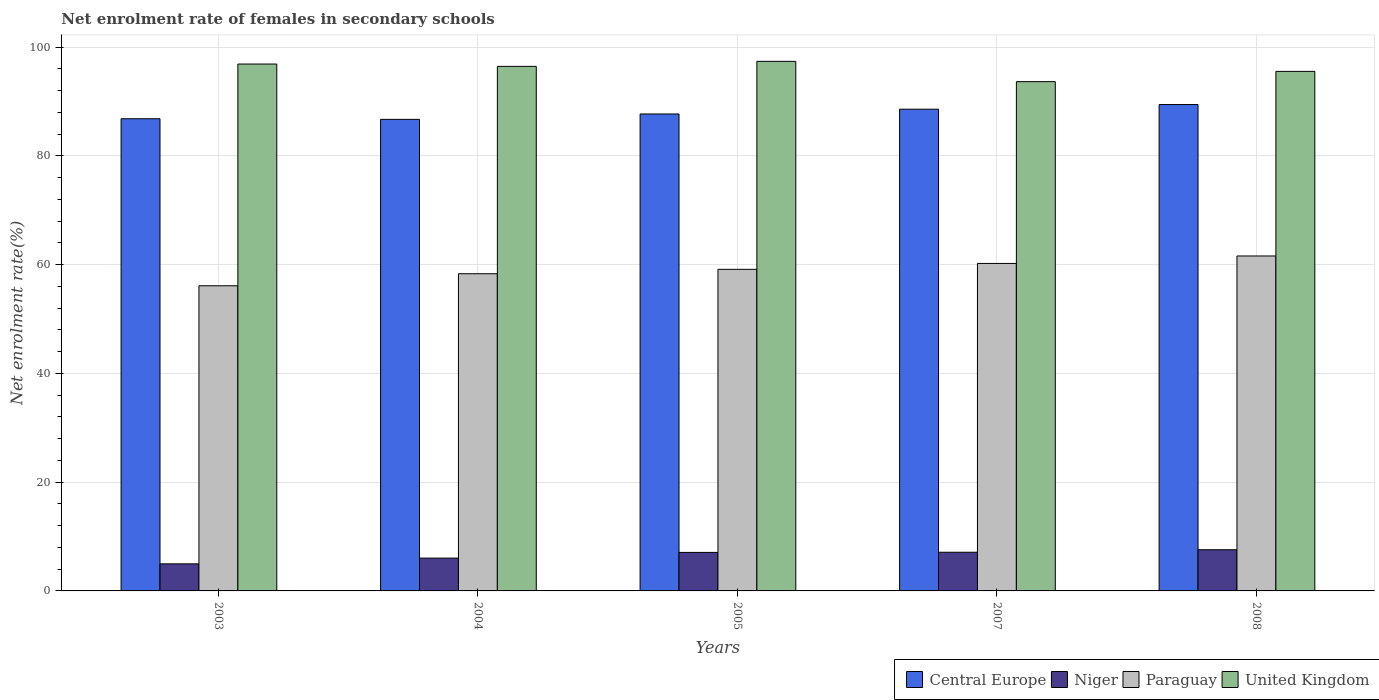
| Years | Central Europe | Niger | Paraguay | United Kingdom |
 | --- | --- | --- | --- | --- |
 | 2003 | 86.8 | 4.98 | 56.1 | 96.9 |
 | 2004 | 86.7 | 6.04 | 58.3 | 96.4 |
 | 2005 | 87.7 | 7.08 | 59.1 | 97.4 |
 | 2007 | 88.6 | 7.11 | 60.2 | 93.6 |
 | 2008 | 89.4 | 7.57 | 61.6 | 95.5 |